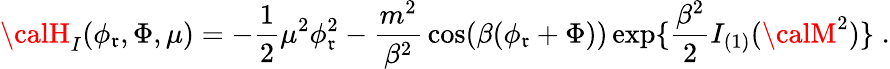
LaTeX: {\calH}_{I}(\phi_{\mathfrak{r}},\Phi,\mu)=-{\frac{{1}}{{2}}}\mu^{2}\phi_{\mathfrak{r}}^{2}-{\frac{{m^{2}}}{{\beta^{2}}}}\cos(\beta(\phi_{\mathfrak{r}}+\Phi))\exp\{ {\frac{{\beta^{2}}}{{2}}}I_{(1)}({\calM}^{2})\} \; .